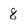
Character: 8